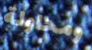
ومحاولة